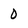
Character: 0